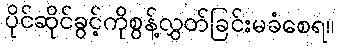
ပိုင်ဆိုင်ခွင့်ကိုစွန့်လွှတ်ခြင်းမခံစေရ။